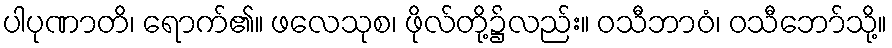
ပါပုဏာတိ၊ ရောက်၏။ ဖလေသုစ၊ ဖိုလ်တို့၌လည်း။ ဝသီဘာဝံ၊ ဝသီဘော်သို့။